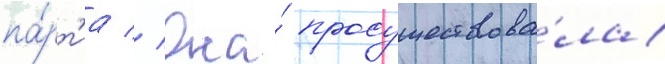
па́рт'иа // Она́ просуществова́ла